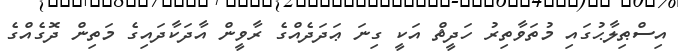
އިސްޠިލާޙުގައި މުތަވާތިރު ހަދީޘް އަކީ ގިނަ ޢަދަދެއްގެ ރާވީން އާދަކާދައިގެ މަތިން ދޮގެއްގެ